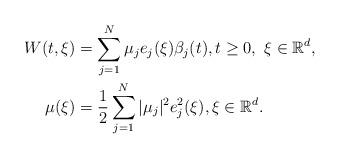
LaTeX: \begin{align*}W(t,\xi)&=\sum_{j=1}^N\mu_je_j(\xi)\beta_j(t), t\ge0, \ \xi\in \mathbb{R}^d, \\\mu(\xi)&=\frac{1}{2}\sum_{j=1}^N|\mu_j|^2e_j^2(\xi), \xi \in \mathbb{R}^d. \end{align*}